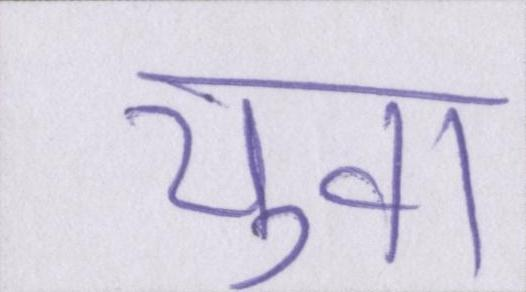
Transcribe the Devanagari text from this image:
युवा